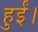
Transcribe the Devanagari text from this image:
हुर्ईं।